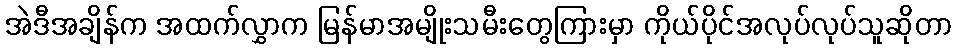
အဲဒီအချိန်က အထက်လွှာက မြန်မာအမျိုးသမီးတွေကြားမှာ ကိုယ်ပိုင်အလုပ်လုပ်သူဆိုတာ